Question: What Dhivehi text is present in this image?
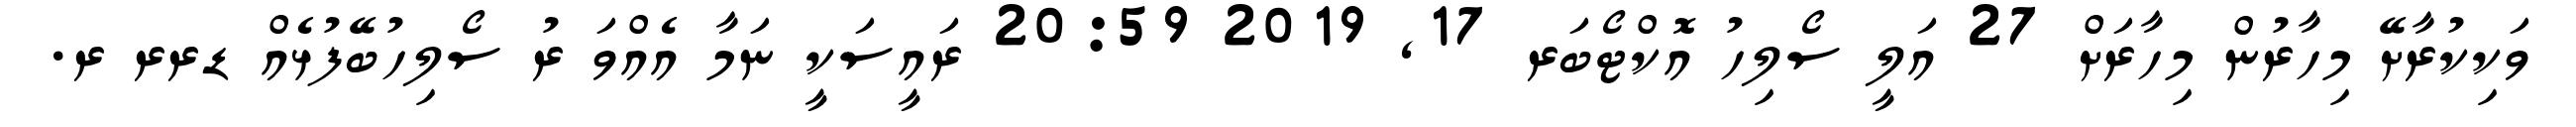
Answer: ވަކިކުރާށޭ މިހާރުން މިހާރަށް 27 އަލީ ސޯލިހު އޮކްޓޯބަރ 17, 2019 20:59 ރައީސަކީ ނަމާ އެއްވަ ރު ސޯލިހުބޭފުޅެއް ޑރރ ރ.